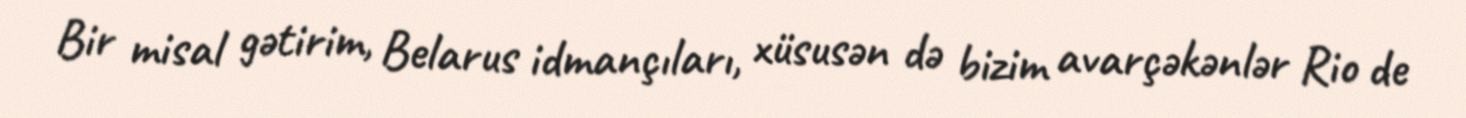
Bir misal gətirim, Belarus idmançıları, xüsusən də bizim avarçəkənlər Rio de